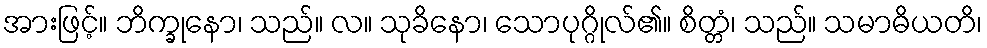
အားဖြင့်။ ဘိက္ခုနော၊ သည်။ လ။ သုခိနော၊ သောပုဂ္ဂိုလ်၏။ စိတ္တံ၊ သည်။ သမာဓိယတိ၊